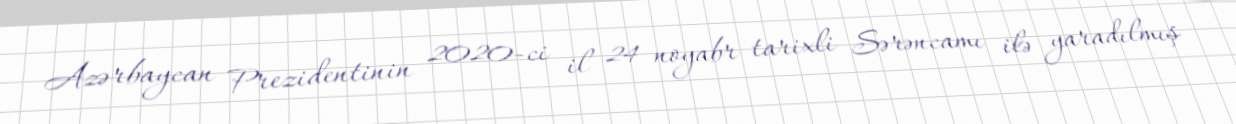
Azərbaycan Prezidentinin 2020-ci il 24 noyabr tarixli Sərəncamı ilə yaradılmış